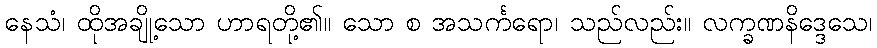
နေသံ၊ ထိုအချို့သော ဟာရတို့၏။ သော စ အသင်္ကရော၊ သည်လည်း။ လက္ခဏနိဒ္ဒေသေ၊